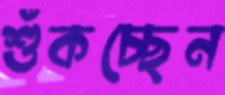
শুঁকচ্ছেন